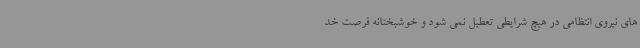
های نیروی انتظامی در هیچ شرایطی تعطیل نمی شود و خوشبختانه فرصت خد